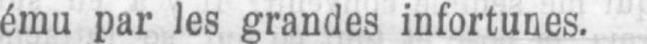
ému par les grandes infortunes.